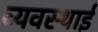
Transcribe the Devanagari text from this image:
व्यवस्थाई